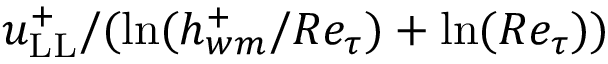
{ u _ { \mathrm { L L } } ^ { + } } / ( { \ln ( h _ { w m } ^ { + } / R e _ { \tau } ) + \ln ( R e _ { \tau } } ) )